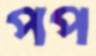
পপ